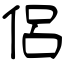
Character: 侶